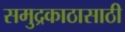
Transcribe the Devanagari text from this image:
समुद्रकाठासाठी